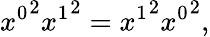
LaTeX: {x^{0}}^{2}{x^{1}}^{2}={x^{1}}^{2}{x^{0}}^{2},